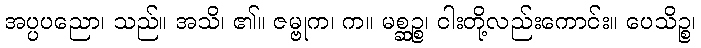
အပ္ပပညော၊ သည်။ အသိ၊ ၏။ ဇမ္ဗုက၊ က။ မစ္ဆဉ္စ၊ ငါးတို့လည်းကောင်း။ ပေသိဉ္စ၊